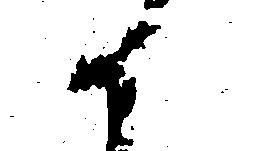
候